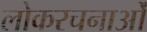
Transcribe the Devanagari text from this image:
लोकरचनाओं